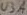
Text: U3A